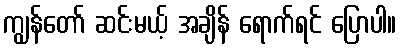
ကျွန်တော် ဆင်းမယ့် အချိန် ရောက်ရင် ပြောပါ။